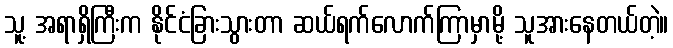
သူ့ အရာရှိကြီးက နိုင်ငံခြားသွားတာ ဆယ်ရက်လောက်ကြာမှာမို့ သူအားနေတယ်တဲ့။